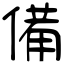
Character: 備